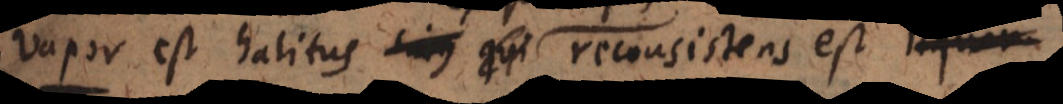
r est halitus, qui reconsistens est